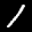
Label: 1